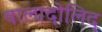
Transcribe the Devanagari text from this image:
वालादोलिद